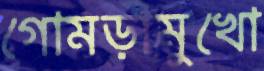
গোমড়ামুখো